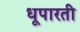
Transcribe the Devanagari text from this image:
धूपारती